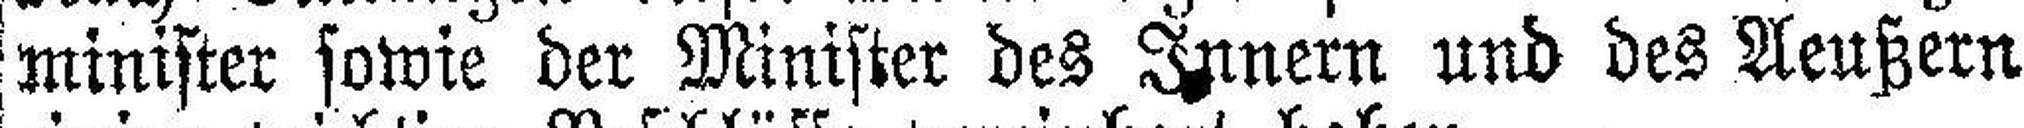
minister sowie der Minister des Innern und des Aeußern